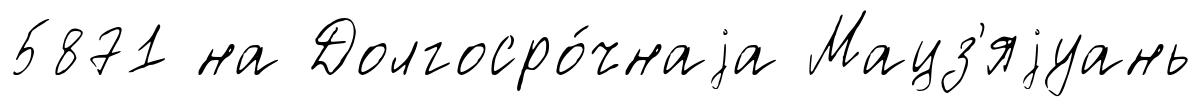
5871 на Долгосро́чнаjа Мацз'яjуань